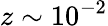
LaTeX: z\sim 10^{-2}